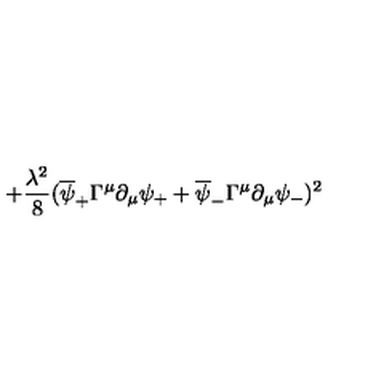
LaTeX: + { \frac { \lambda ^ { 2 } } { 8 } } ( \overline { { \psi } } _ { + } \Gamma ^ { \mu } \partial _ { \mu } \psi _ { + } + \overline { { \psi } } _ { - } \Gamma ^ { \mu } \partial _ { \mu } \psi _ { - } ) ^ { 2 }